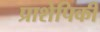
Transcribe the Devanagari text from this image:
प्राशेपिकी